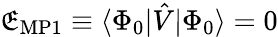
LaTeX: \mathfrak{E}_{\mathrm{{MP1}}}\equiv\langle\Phi_{0}|{\hat{{V}}}|\Phi_{0}\rangle=0